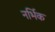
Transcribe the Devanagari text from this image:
नर्भिक